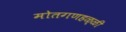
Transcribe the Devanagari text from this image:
मोतगणहळ्ळी